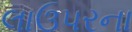
લાઉપરના